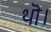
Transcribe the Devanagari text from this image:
थॊ।